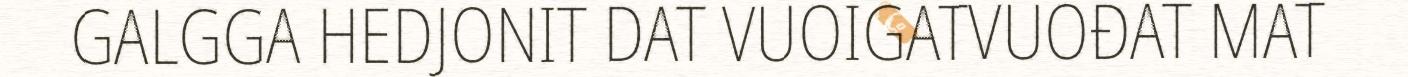
GALGGA HEDJONIT DAT VUOIGATVUOĐAT MAT